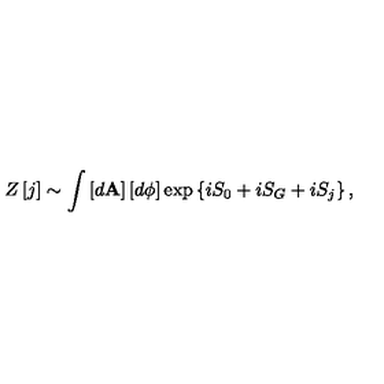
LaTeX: Z \left[ j \right] \sim \int \left[ d \mathbf { A } \right] \left[ d \phi \right] \exp \left\{ i S _ { 0 } + i S _ { G } + i S _ { j } \right\} ,